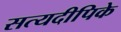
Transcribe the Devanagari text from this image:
सत्यदीपिके